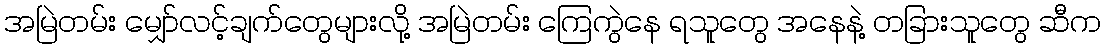
အမြဲတမ်း မျှော်လင့်ချက်တွေများလို့ အမြဲတမ်း ကြေကွဲနေ ရသူတွေ အနေနဲ့ တခြားသူတွေ ဆီက